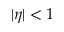
| \eta | < 1